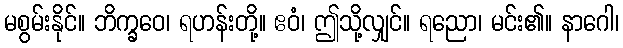
မစွမ်းနိုင်။ ဘိက္ခဝေ၊ ရဟန်းတို့။ ဧဝံ၊ ဤသို့လျှင်။ ရညော၊ မင်း၏။ နာဂေါ၊